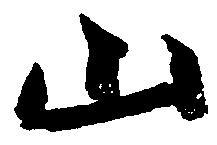
山